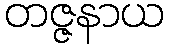
တဇ္ဇနာယ